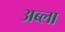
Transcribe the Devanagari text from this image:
अब्ला